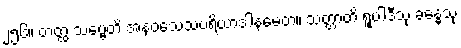
၂၅၆။ တတ္ထ သဗ္ဗေတိ အနဝသေသပရိယာဒါနမေတံ။ သတ္တာတိ ရူပါဒီသု ခန္ဓေသု